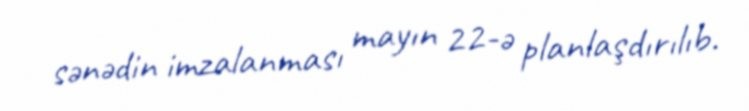
sənədin imzalanması mayın 22-ə planlaşdırılıb.